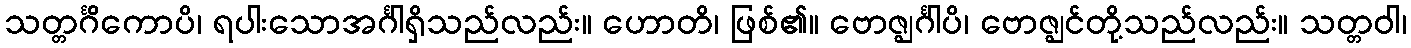
သတ္တင်္ဂိကောပိ၊ ရပါးသောအင်္ဂါရှိသည်လည်း။ ဟောတိ၊ ဖြစ်၏။ ဗောဇ္ဈင်္ဂါပိ၊ ဗောဇ္ဈင်တို့သည်လည်း။ သတ္တဝါ၊